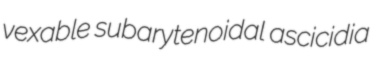
vexable subarytenoidal ascicidia